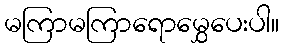
မကြာမကြာရောမွှေပေးပါ။